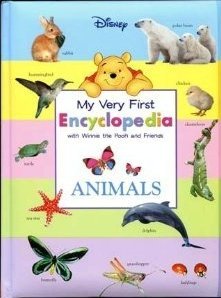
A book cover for My Very First Encyclopedia With Winnie the Pooh and Friends: Animals; Disney Book Group; Reference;